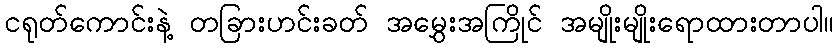
ငရုတ်ကောင်းနဲ့ တခြားဟင်းခတ် အမွှေးအကြိုင် အမျိုးမျိုးရောထားတာပါ။